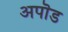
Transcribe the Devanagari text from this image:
अपॊड